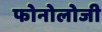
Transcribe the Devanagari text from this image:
फोनोलोजी